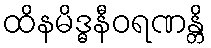
ထိနမိဒ္ဓနီဝရဏန္တိ